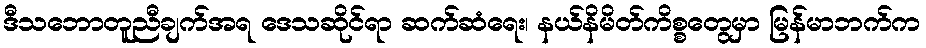
ဒီသဘောတူညီချက်အရ ဒေသဆိုင်ရာ ဆက်ဆံရေး၊ နယ်နိမိတ်ကိစ္စတွေမှာ မြန်မာဘက်က